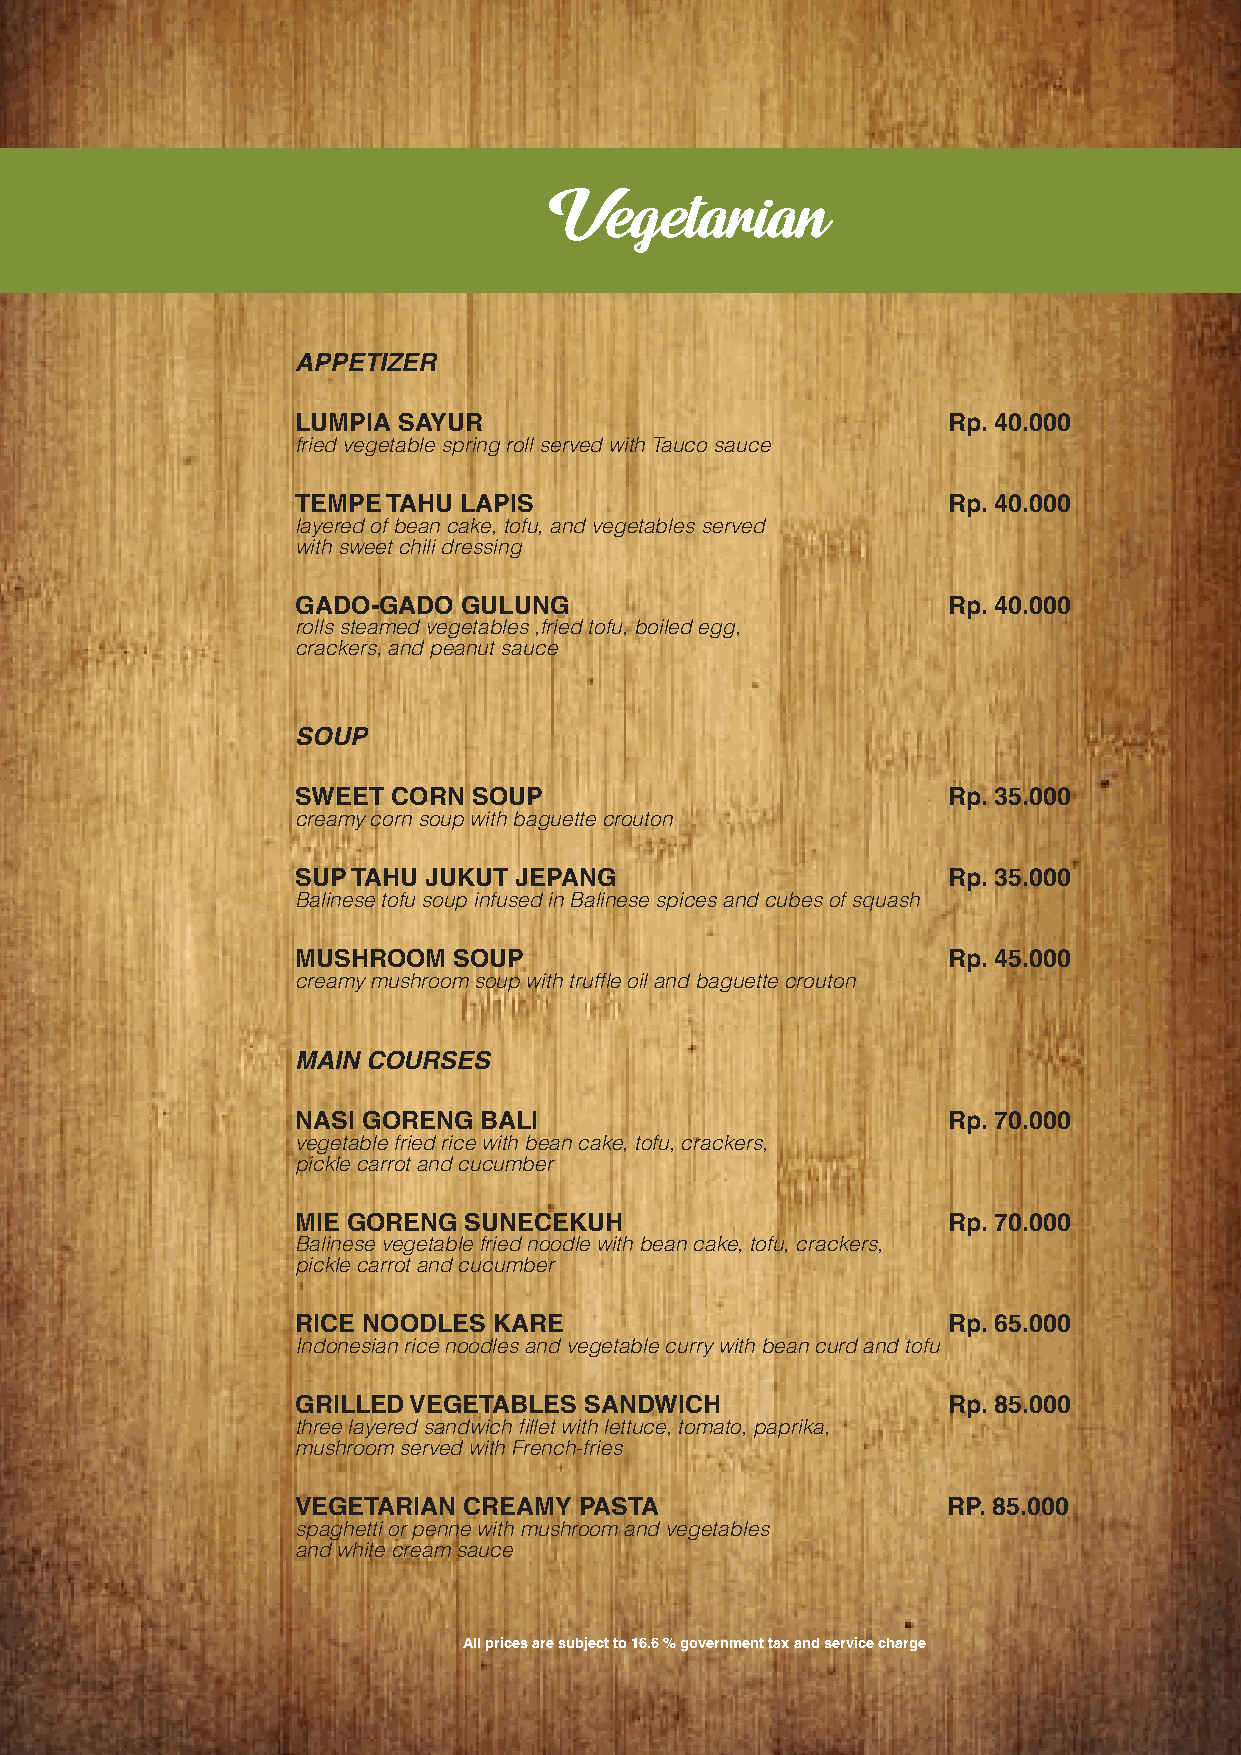
Vegetarian
 APPETIZER
 LUMPIA SAYUR                               Rp. 40.000
 fried vegetable spring roll served with Tauco sauce
 TEMPE TAHU LAPIS                           Rp. 40.000
 layered of bean cake, tofu, and vegetables served
 with sweet chili dressing
 GADO-GADO GULUNG                           Rp. 40.000
 rolls steamed vegetables ,fried tofu, boiled egg,
 crackers, and peanut sauce
 SOUP
 SWEET CORN SOUP                            Rp. 35.000
 creamy corn soup with baguette crouton
 SUP TAHU JUKUT JEPANG                      Rp. 35.000
 Balinese tofu soup infused in Balinese spices and cubes of squash
 MUSHROOM  SOUP                             Rp. 45.000
 creamy mushroom soup with truffl e oil and baguette crouton
 MAIN COURSES
 NASI GORENG BALI                           Rp. 70.000
 vegetable fried rice with bean cake, tofu, crackers,
 pickle carrot and cucumber
 MIE GORENG SUNECEKUH                       Rp. 70.000
 Balinese vegetable fried noodle with bean cake, tofu, crackers,
 pickle carrot and cucumber
 RICE NOODLES KARE                          Rp. 65.000
 Indonesian rice noodles and vegetable curry with bean curd and tofu
 GRILLED VEGETABLES SANDWICH                Rp. 85.000
 three layered sandwich fi llet with lettuce, tomato, paprika,
 mushroom served with French-fries
 VEGETARIAN CREAMY PASTA                    RP. 85.000
 spaghetti or penne with mushroom and vegetables
 and white cream sauce
 All prices are subject to 16.6 % government tax and service charge